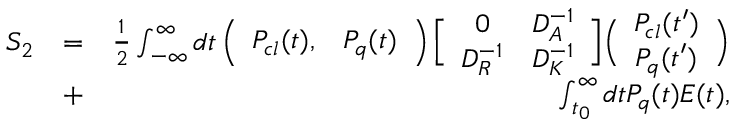
\begin{array} { r l r } { { \cal S } _ { 2 } } & { = } & { \frac { 1 } { 2 } \int _ { - \infty } ^ { \infty } { d t } \left( { \begin{array} { c c } { P _ { c l } ( t ) , } & { P _ { q } ( t ) } \end{array} } \right) \Bigl [ { \begin{array} { c c } { 0 } & { D _ { A } ^ { - 1 } } \\ { D _ { R } ^ { - 1 } } & { D _ { K } ^ { - 1 } } \end{array} } \Bigr ] \Big ( { \begin{array} { c } { P _ { c l } ( t ^ { \prime } ) } \\ { P _ { q } ( t ^ { \prime } ) } \end{array} } \Big ) } \\ & { + } & { \int _ { t _ { 0 } } ^ { \infty } d t P _ { q } ( t ) E ( t ) , } \end{array}